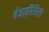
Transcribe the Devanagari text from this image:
वेजाईनैलिस